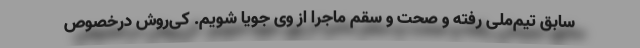
سابق تیم‌ملی رفته و صحت و سقم ماجرا از وی جویا شویم‌. کی‌روش درخصوص